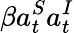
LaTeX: {\beta a_{t}^{S}a_{t}^{I}}